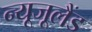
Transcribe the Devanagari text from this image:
न्यूजूलैंड